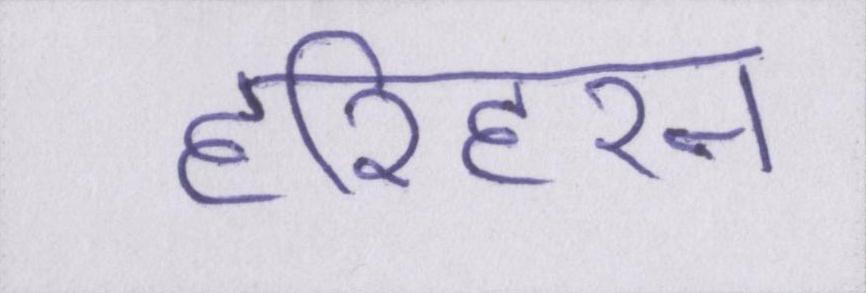
हरिहरन